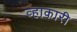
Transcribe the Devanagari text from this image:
व्हाकारी